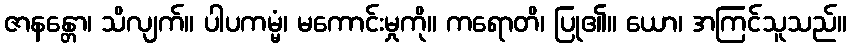
ဇာနန္တော၊ သိလျက်။ ပါပကမ္မံ၊ မကောင်းမှုကို။ ကရောတိ၊ ပြု၏။ ယော၊ အကြင်သူသည်။